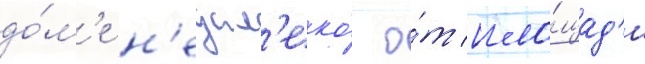
до́м'е н'едал'еко́ о́т пло́щад'и